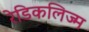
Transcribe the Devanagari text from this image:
रेडिकलिज्म